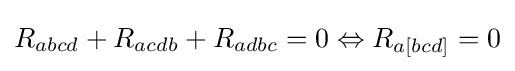
R_{abcd}+R_{acdb}+R_{adbc}=0\Leftrightarrow R_{a[bcd]}=0